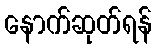
နောက်ဆုတ်ရန်